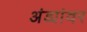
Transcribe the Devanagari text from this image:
अंड्यांवर